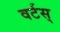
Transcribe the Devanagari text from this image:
वर्टस्